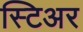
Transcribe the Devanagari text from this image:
स्टिअर